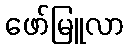
ဖော်မြူလာ